Civil Veterinary Department. United Provinces 1912-22 - 1912-1922
Year: 1912
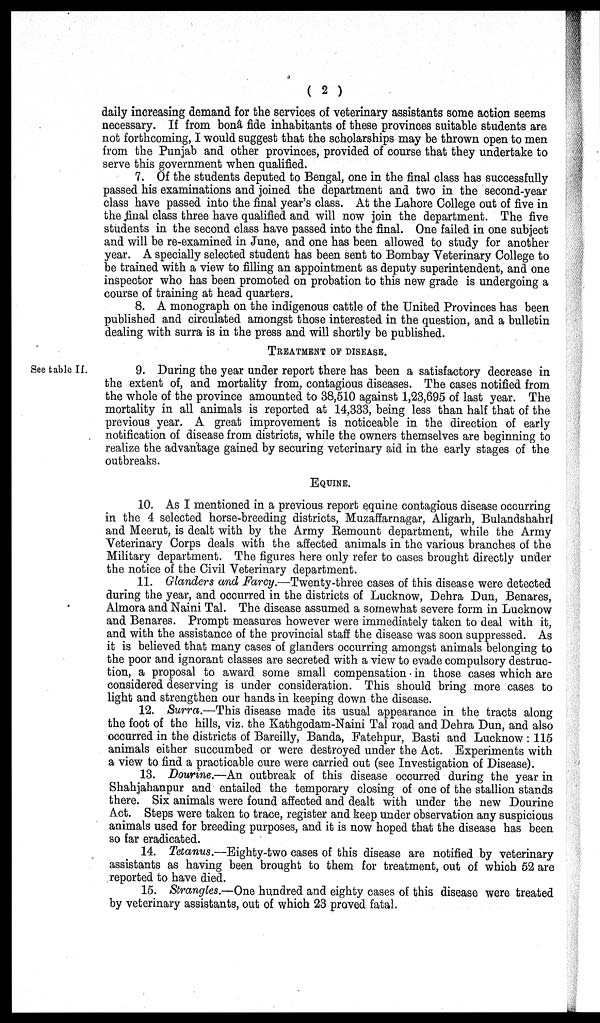
(2)
daily increasing demand for the services of veterinary assistants some action seems
necessary. If from bonâ fide inhabitants of these provinces suitable students are
not forthcoming, I would suggest that the scholarships may be thrown open to men
from the Punjab and other provinces, provided of course that they undertake to
serve this government when qualified.
7. Of the students deputed to Bengal, one in the final class has successfully
passed his examinations and joined the department and two in the second-year
class have passed into the final year's class. At the Lahore College out of five in
the final class three have qualified and will now join the department. The five
students in the second class have passed into the final. One failed in one subject
and will be re-examined in June, and one has been allowed to study for another
year. A specially selected student has been sent to Bombay Veterinary College to
be trained with a view to filling an appointment as deputy superintendent, and one
inspector who has been promoted on probation to this new grade is undergoing a
course of training at head quarters.
8. A monograph on the indigenous cattle of the United Provinces has been
published and circulated amongst those interested in the question, and a bulletin
dealing with surra is in the press and will shortly be published.
TREATMENT OF DISEASE.
See table II.
9. During the year under report there has been a satisfactory decrease in
the extent of, and mortality from, contagious diseases. The cases notified from
the whole of the province amounted to 38,510 against 1,23,695 of last year. The
mortality in all animals is reported at 14,333, being less than half that of the
previous year. A great improvement is noticeable in the direction of early
notification of disease from districts, while the owners themselves are beginning to
realize the advantage gained by securing veterinary aid in the early stages of the
outbreaks.
EQUINE.
10. As I mentioned in a previous report equine contagious disease occurring
in the 4 selected horse-breeding districts, Muzaffarnagar, Aligarh, Bulandshahr
and Meerut, is dealt with by the Army Remount department, while the Army
Veterinary Corps deals with the affected animals in the various branches of the
Military department. The figures here only refer to cases brought directly under
the notice of the Civil Veterinary department.
11. Glanders and Farcy.—Twenty-three cases of this disease were detected
during the year, and occurred in the districts of Lucknow, Dehra Dun, Benares,
Almora and Naini Tal. The disease assumed a somewhat severe form in Lucknow
and Benares. Prompt measures however were immediately taken to deal with it,
and with the assistance of the provincial staff the disease was soon suppressed. As
it is believed that many cases of glanders occurring amongst animals belonging to
the poor and ignorant classes are secreted with a view to evade compulsory destruc-
tion, a proposal to award some small compensation in those cases which are
considered deserving is under consideration. This should bring more cases to
light and strengthen our hands in keeping down the disease.
12. Surra.—This disease made its usual appearance in the tracts along
the foot of the hills, viz. the Kathgodam-Naini Tal road and Dehra Dun, and also
occurred in the districts of Bareilly, Banda, Fatehpur, Basti and Lucknow: 115
animals either succumbed or were destroyed under the Act. Experiments with
a view to find a practicable cure were carried out (see Investigation of Disease).
13. Dourine.—An outbreak of this disease occurred during the year in
Shahjahanpur and entailed the temporary closing of one of the stallion stands
there. Six animals were found affected and dealt with under the new Dourine
Act. Steps were taken to trace, register and keep under observation any suspicious
animals used for breeding purposes, and it is now hoped that the disease has been
so far eradicated.
14. Tetanus.—Eighty-two cases of this disease are notified by veterinary
assistants as having been brought to them for treatment, out of which 52 are
reported to have died.
15. Strangles.—One hundred and eighty cases of this disease were treated
by veterinary assistants, out of which 23 proved fatal.